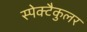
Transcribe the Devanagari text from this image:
स्पेक्टैकुलर